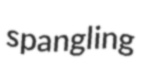
spangling